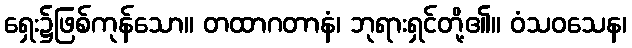
ရှေး၌ဖြစ်ကုန်သော။ တထာဂတာနံ၊ ဘုရားရှင်တို့၏။ ဝံသဝသေန၊